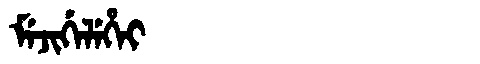
Manchu: ᠮᡝᠵᡳᡤᡝᠯᡝᡥᡝᡳ
Romanization: MEJIGELEHEI